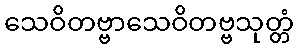
သေဝိတဗ္ဗာသေဝိတဗ္ဗသုတ္တံ